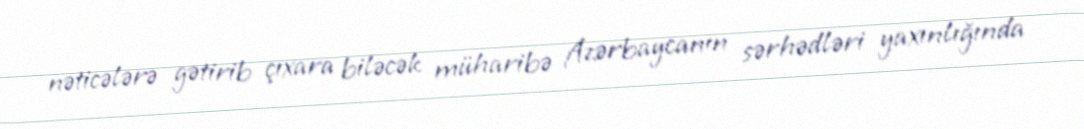
nəticələrə gətirib çıxara biləcək müharibə Azərbaycanın sərhədləri yaxınlığında